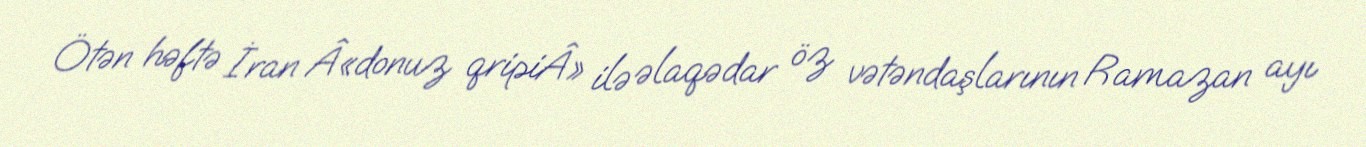
Ötən həftə İran Â«donuz qripiÂ» ilə əlaqədar öz vətəndaşlarının Ramazan ayı